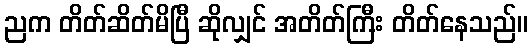
ညက တိတ်ဆိတ်မိပြီ ဆိုလျှင် အတိတ်ကြီး တိတ်နေသည်။